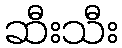
ဆီးသီး